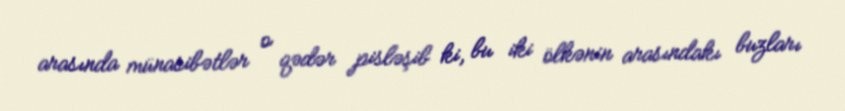
arasında münasibətlər o qədər pisləşib ki, bu iki ölkənin arasındakı buzları